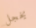
يخجل